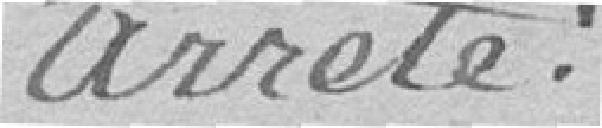
arrêté :